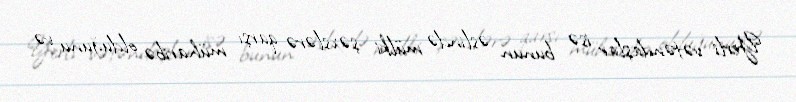
Yerli vətəndaşlar isə bunun əslində mülki şəxslərə qarşı müharibə olduğunu və